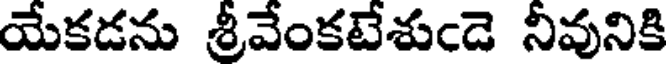
యేకడను శ్రీవేంకటేశుఁడె నీవునికి